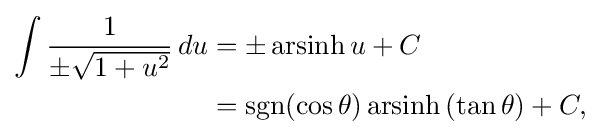
{\begin{aligned}\int {\frac {1}{\pm {\sqrt {1+u^{2}}}}}\,du&=\pm \operatorname {arsinh} u+C\\&=\operatorname {sgn}(\cos \theta )\operatorname {arsinh} \left(\tan \theta \right)+C,\end{aligned}}